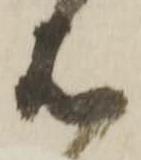
は